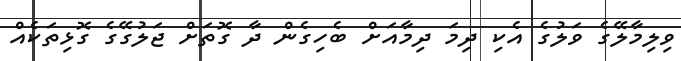
ވިލިމާލޭގެ ވަލުގެ އެކި ދިމަ ދިމާއަށް ބެހިގެން ދާ ގޮތަށް ޖަލުގޭގެ ގޮޅިތަކެއް